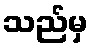
သည်မှ